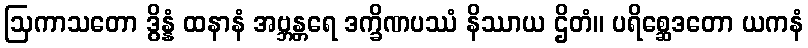
ဩကာသတော ဒွိန္နံ ထနာနံ အဗ္ဘန္တရေ ဒက္ခိဏပဿံ နိဿာယ ဌိတံ။ ပရိစ္ဆေဒတော ယကနံ